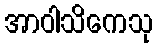
အာဝါသိကေသု